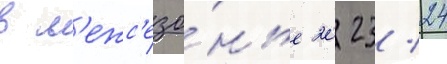
в м'ежс'езо́нье 2023/ 24